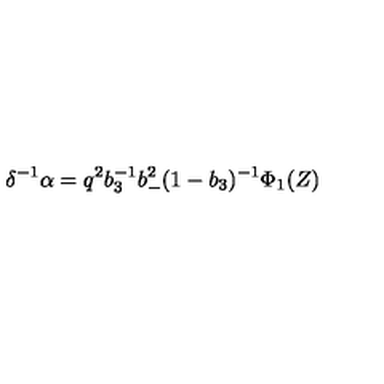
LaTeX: \delta ^ { - 1 } \alpha = q ^ { 2 } b _ { 3 } ^ { - 1 } b _ { - } ^ { 2 } ( 1 - b _ { 3 } ) ^ { - 1 } \Phi _ { 1 } ( Z )